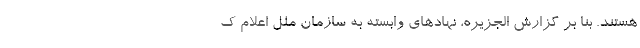
هستند. بنا بر گزارش الجزیره، نهادهای وابسته به سازمان ملل اعلام ک